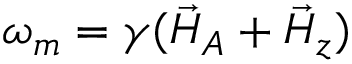
\omega _ { m } = \gamma ( \vec { H } _ { A } + \vec { H } _ { z } )